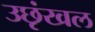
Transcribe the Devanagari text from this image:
उछृंखल